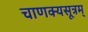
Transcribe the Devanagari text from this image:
चाणक्यसूत्रम्